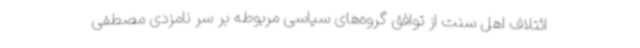
ائتلاف اهل سنت از توافق گروه‌های سیاسی مربوطه بر سر نامزدی مصطفی